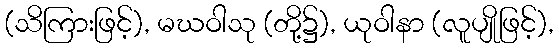
(သိကြားဖြင့်), မဃဝါသု (တို့၌), ယုဝါနာ (လူပျိုဖြင့်),